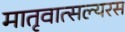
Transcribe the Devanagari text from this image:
मातृवात्सल्यरस